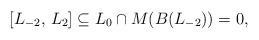
LaTeX: \begin{align*}[L_{-2}, \, L_2] \subseteq L_0 \cap M(B(L_{-2})) = 0,\end{align*}